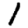
Digit: 1